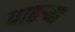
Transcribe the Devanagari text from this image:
पाढर्‍या